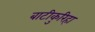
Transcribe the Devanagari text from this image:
बाटीकुरिहा